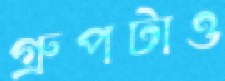
গ্রুপটাও